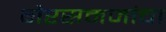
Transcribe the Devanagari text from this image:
गैरसमजांचा